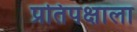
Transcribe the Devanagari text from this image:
प्रतिपक्षाला